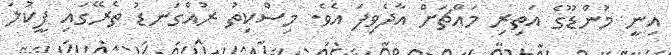
އިނީ މުންޑޫގެ އަތިރި މައްޗަށް އާދެވިފަ އެވެ. މިސްކިތު ރުއްގަނޑު ތެރޭގައި ފީކުލަ